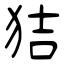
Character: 狤